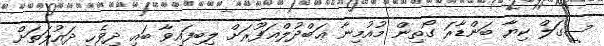
ސީގަލް ކިޔާ ބަންޑާރަ ގޯތިން މުއުމިނާ ޢަބްދުލްޣަފޫރަށް ލިބިފައިވާ ބައި ދިވެހި ދައުލަތަށް